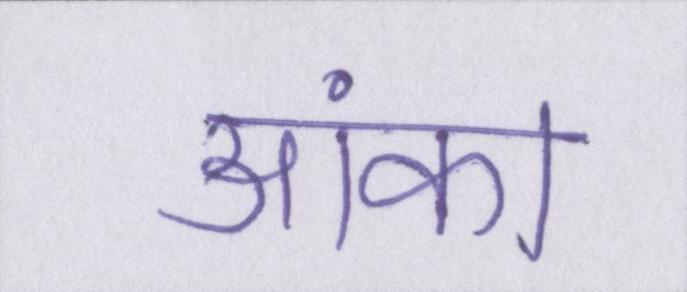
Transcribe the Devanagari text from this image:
आंका